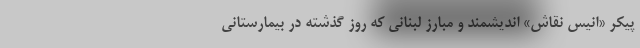
پیکر «انیس نقاش» اندیشمند و مبارز لبنانی که روز گذشته در بیمارستانی